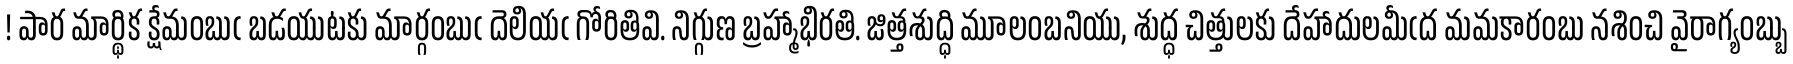
! పార మార్థిక క్షేమంబుఁ బడయుటకు మార్గంబుఁ దెలియఁ గోరితివి. నిగ్గుణ బ్రహ్మాభిరతి. జిత్తశుద్ధి మూలంబనియు, శుద్ధ చిత్తులకు దేహాదులమీఁద మమకారంబు నశించి వైరాగ్యంబ్బు